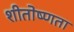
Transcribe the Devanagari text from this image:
शीतोष्णता